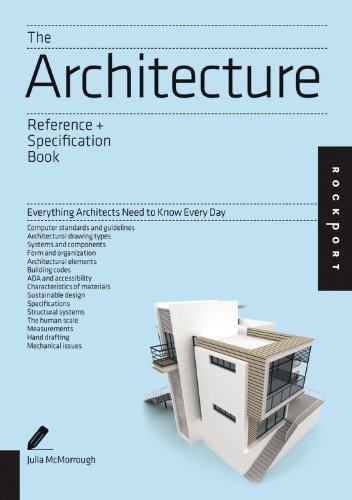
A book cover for The Architecture Reference & Specification Book: Everything Architects Need to Know Every Day; Dan Wheeler; Engineering & Transportation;